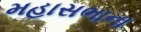
મહાસભાના